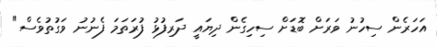
އަހަރެން ސިހުނު ވަރަށް ބޮޑަށް ސިހިގެން ދިޔައީ ދަރިފުޅު ފުރަތަމަ ފެނުނު ވަގުތުވެސް"